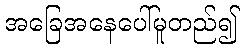
အခြေအနေပေါ်မူတည်၍